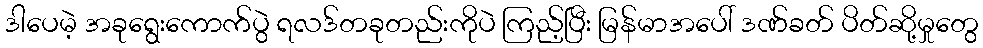
ဒါပေမဲ့ အခုရွေးကောက်ပွဲ ရလဒ်တခုတည်းကိုပဲ ကြည့်ပြီး မြန်မာအပေါ် ဒဏ်ခတ် ပိတ်ဆို့မှုတွေ